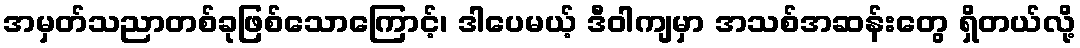
အမှတ်သညာတစ်ခုဖြစ်သောကြောင့်၊ ဒါပေမယ့် ဒီဝါကျမှာ အသစ်အဆန်းတွေ ရှိတယ်လို့